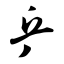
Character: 乒